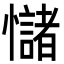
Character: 𢥃